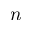
{ n }